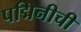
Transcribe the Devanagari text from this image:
पद्मिनीची